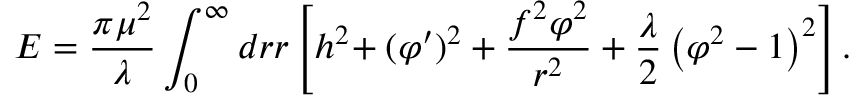
{ \cal E } = { \frac { \pi \mu ^ { 2 } } { \lambda } } \int _ { 0 } ^ { \infty } d r r \left[ h ^ { 2 } \! + ( \varphi ^ { \prime } ) ^ { 2 } + { \frac { f ^ { 2 } \varphi ^ { 2 } } { r ^ { 2 } } } + { \frac { \lambda } { 2 } } \left( \varphi ^ { 2 } - 1 \right) ^ { 2 } \right] .